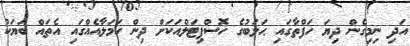
އަދި ނިމިގެން ދިޔަ ހަފްތާގައި ޙަލަބުގެ ހޮސްޕިޓަލްއަކަށް ދިން ހަމަލާއެއްގައި އެތައް ބަޔަކު